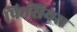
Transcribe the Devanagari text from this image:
फ्रिसियस